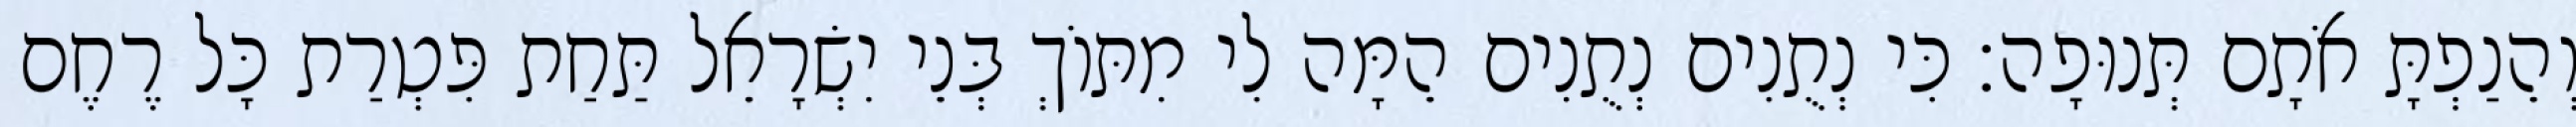
וְהֵנַפְתָּ אֹתָם תְּנוּפָה׃ כִּי נְתֻנִים נְתֻנִים הֵמָּה לִי מִתּוֹךְ בְּנֵי יִשְׂרָאֵל תַּחַת פִּטְרַת כָּל רֶחֶם